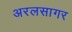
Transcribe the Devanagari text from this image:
अरलसागर